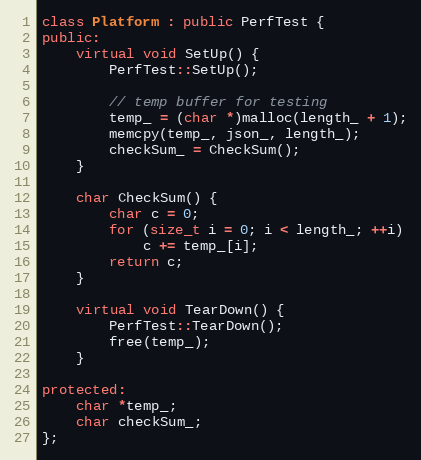
Language: C++
class Platform : public PerfTest {
public:
    virtual void SetUp() {
        PerfTest::SetUp();

        // temp buffer for testing
        temp_ = (char *)malloc(length_ + 1);
        memcpy(temp_, json_, length_);
        checkSum_ = CheckSum();
    }

    char CheckSum() {
        char c = 0;
        for (size_t i = 0; i < length_; ++i)
            c += temp_[i];
        return c;
    }

    virtual void TearDown() {
        PerfTest::TearDown();
        free(temp_);
    }

protected:
    char *temp_;
    char checkSum_;
};